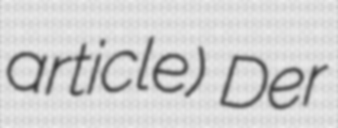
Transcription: article) Der